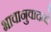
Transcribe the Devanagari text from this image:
भावानुवादाचे